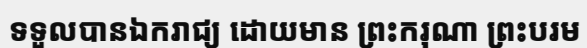
ទទួលបានឯករាជ្យ ដោយមាន ព្រះករុណា ព្រះបរម